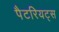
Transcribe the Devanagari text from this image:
पैटरियट्स